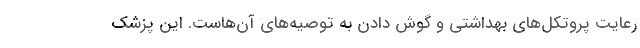
رعایت پروتکل‌های بهداشتی و گوش دادن به توصیه‌های آن‌هاست. این پزشک